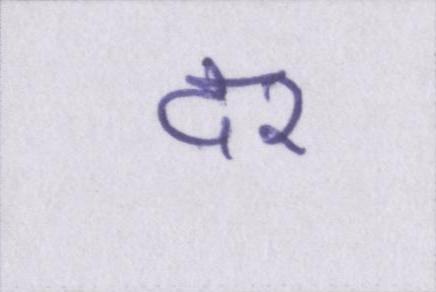
दर